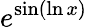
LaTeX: e^{\sin(\ln x)}